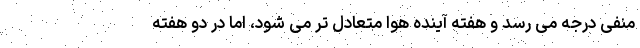
منفی درجه می رسد و هفته آینده هوا متعادل تر می شود، اما در دو هفته